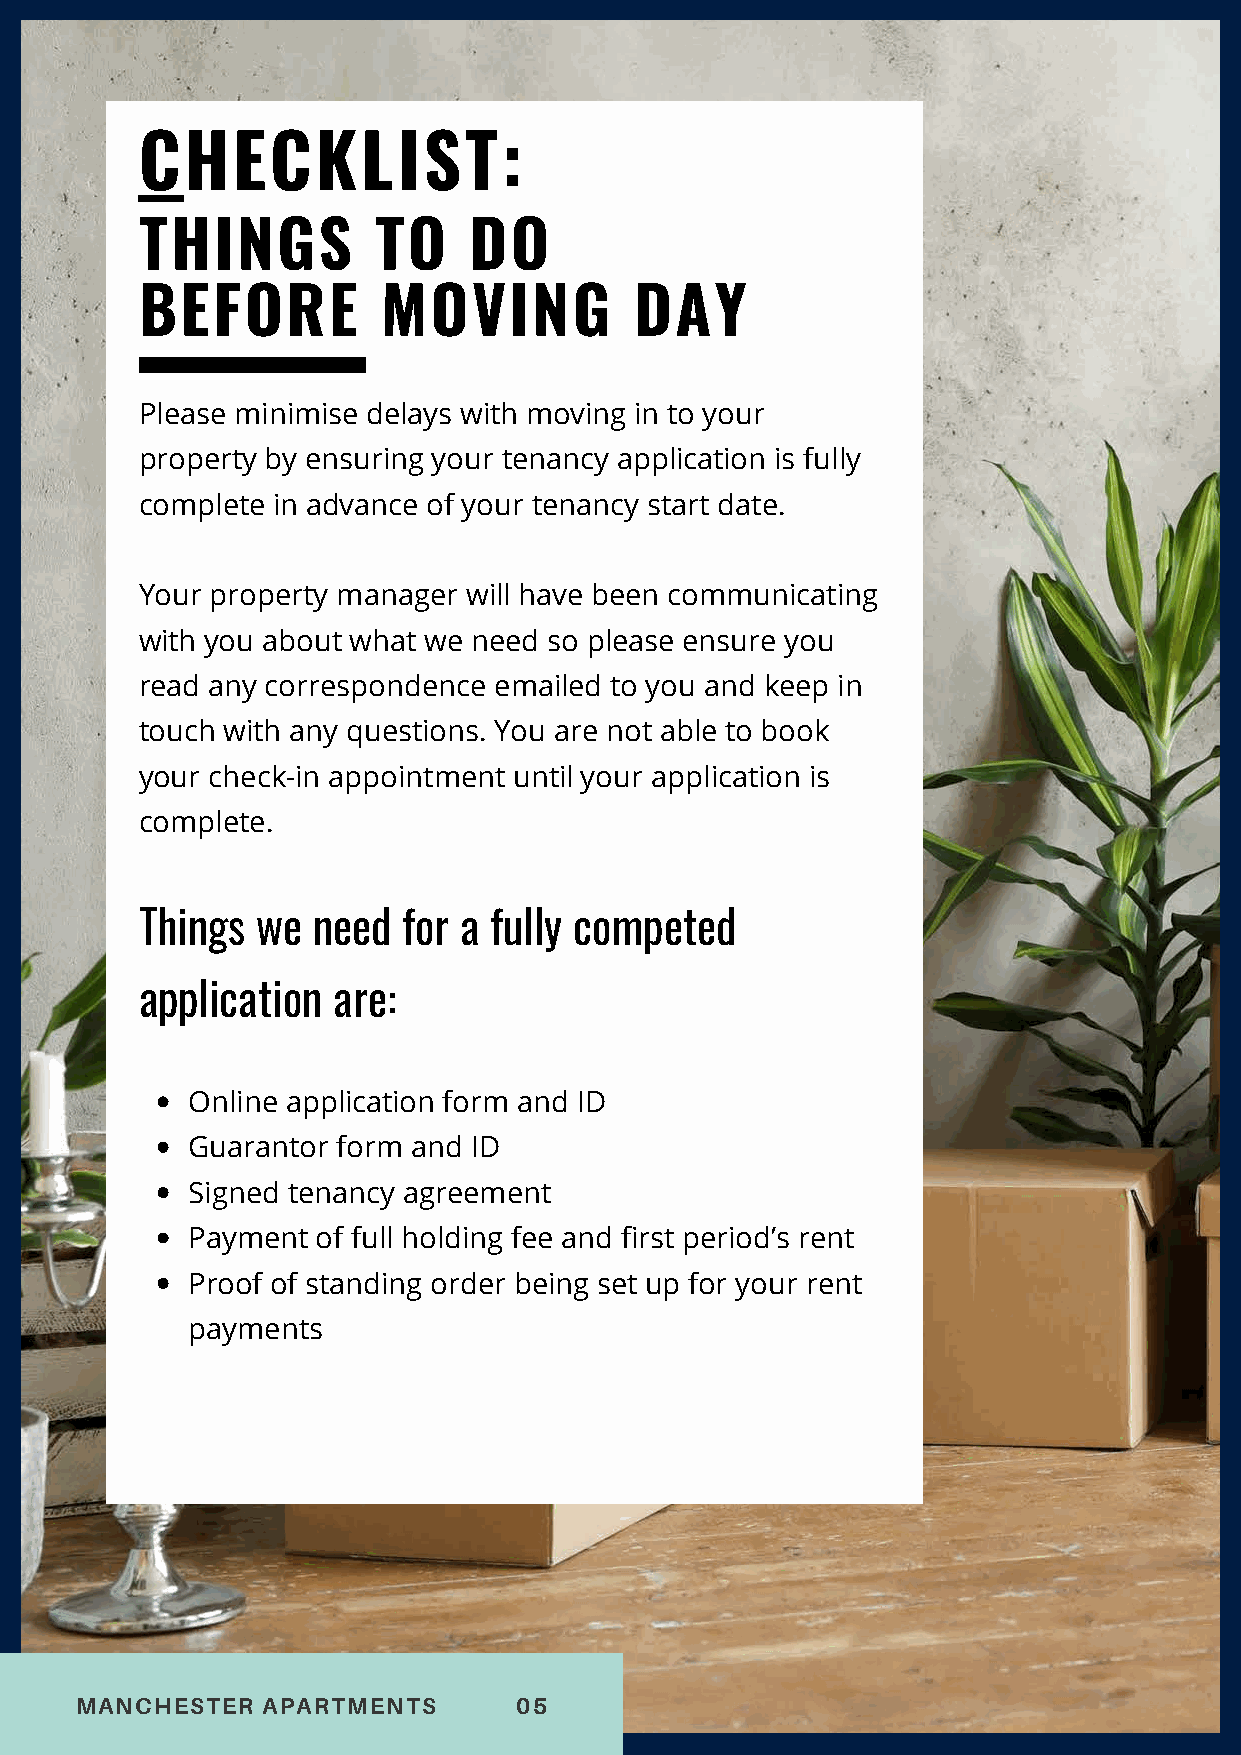
CHECKLIST:
 THINGS          TO    DO
 BEFORE          MOVING           DAY
 Please minimise delays with moving in to your
 property by ensuring your tenancy application is fully
 complete in advance of your tenancy start date.
 Your property manager will have been communicating
 with you about what we need so please ensure you
 read any correspondence emailed to you and keep in
 touch with any questions. You are not able to book
 your check-in appointment until your application is
 complete.
 Things  we  need  for a fully competed
 application  are:
 Online application form and ID
 Guarantor form and ID
 Signed tenancy agreement
 Payment  of full holding fee and first period’s rent
 Proof of standing order being set up for your rent
 payments
 MANCHESTER  APARTMENTS       05